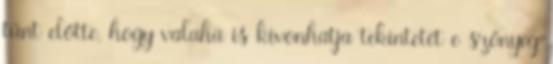
tűnt előtte, hogy valaha is kivonhatja tekintetét e szőnyeg